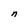
Character: n